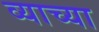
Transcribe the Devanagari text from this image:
व्याच्या